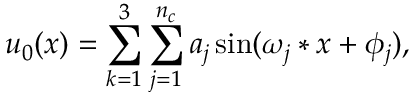
u _ { 0 } ( x ) = \sum _ { k = 1 } ^ { 3 } \sum _ { j = 1 } ^ { n _ { c } } a _ { j } \sin ( \omega _ { j } * x + \phi _ { j } ) ,